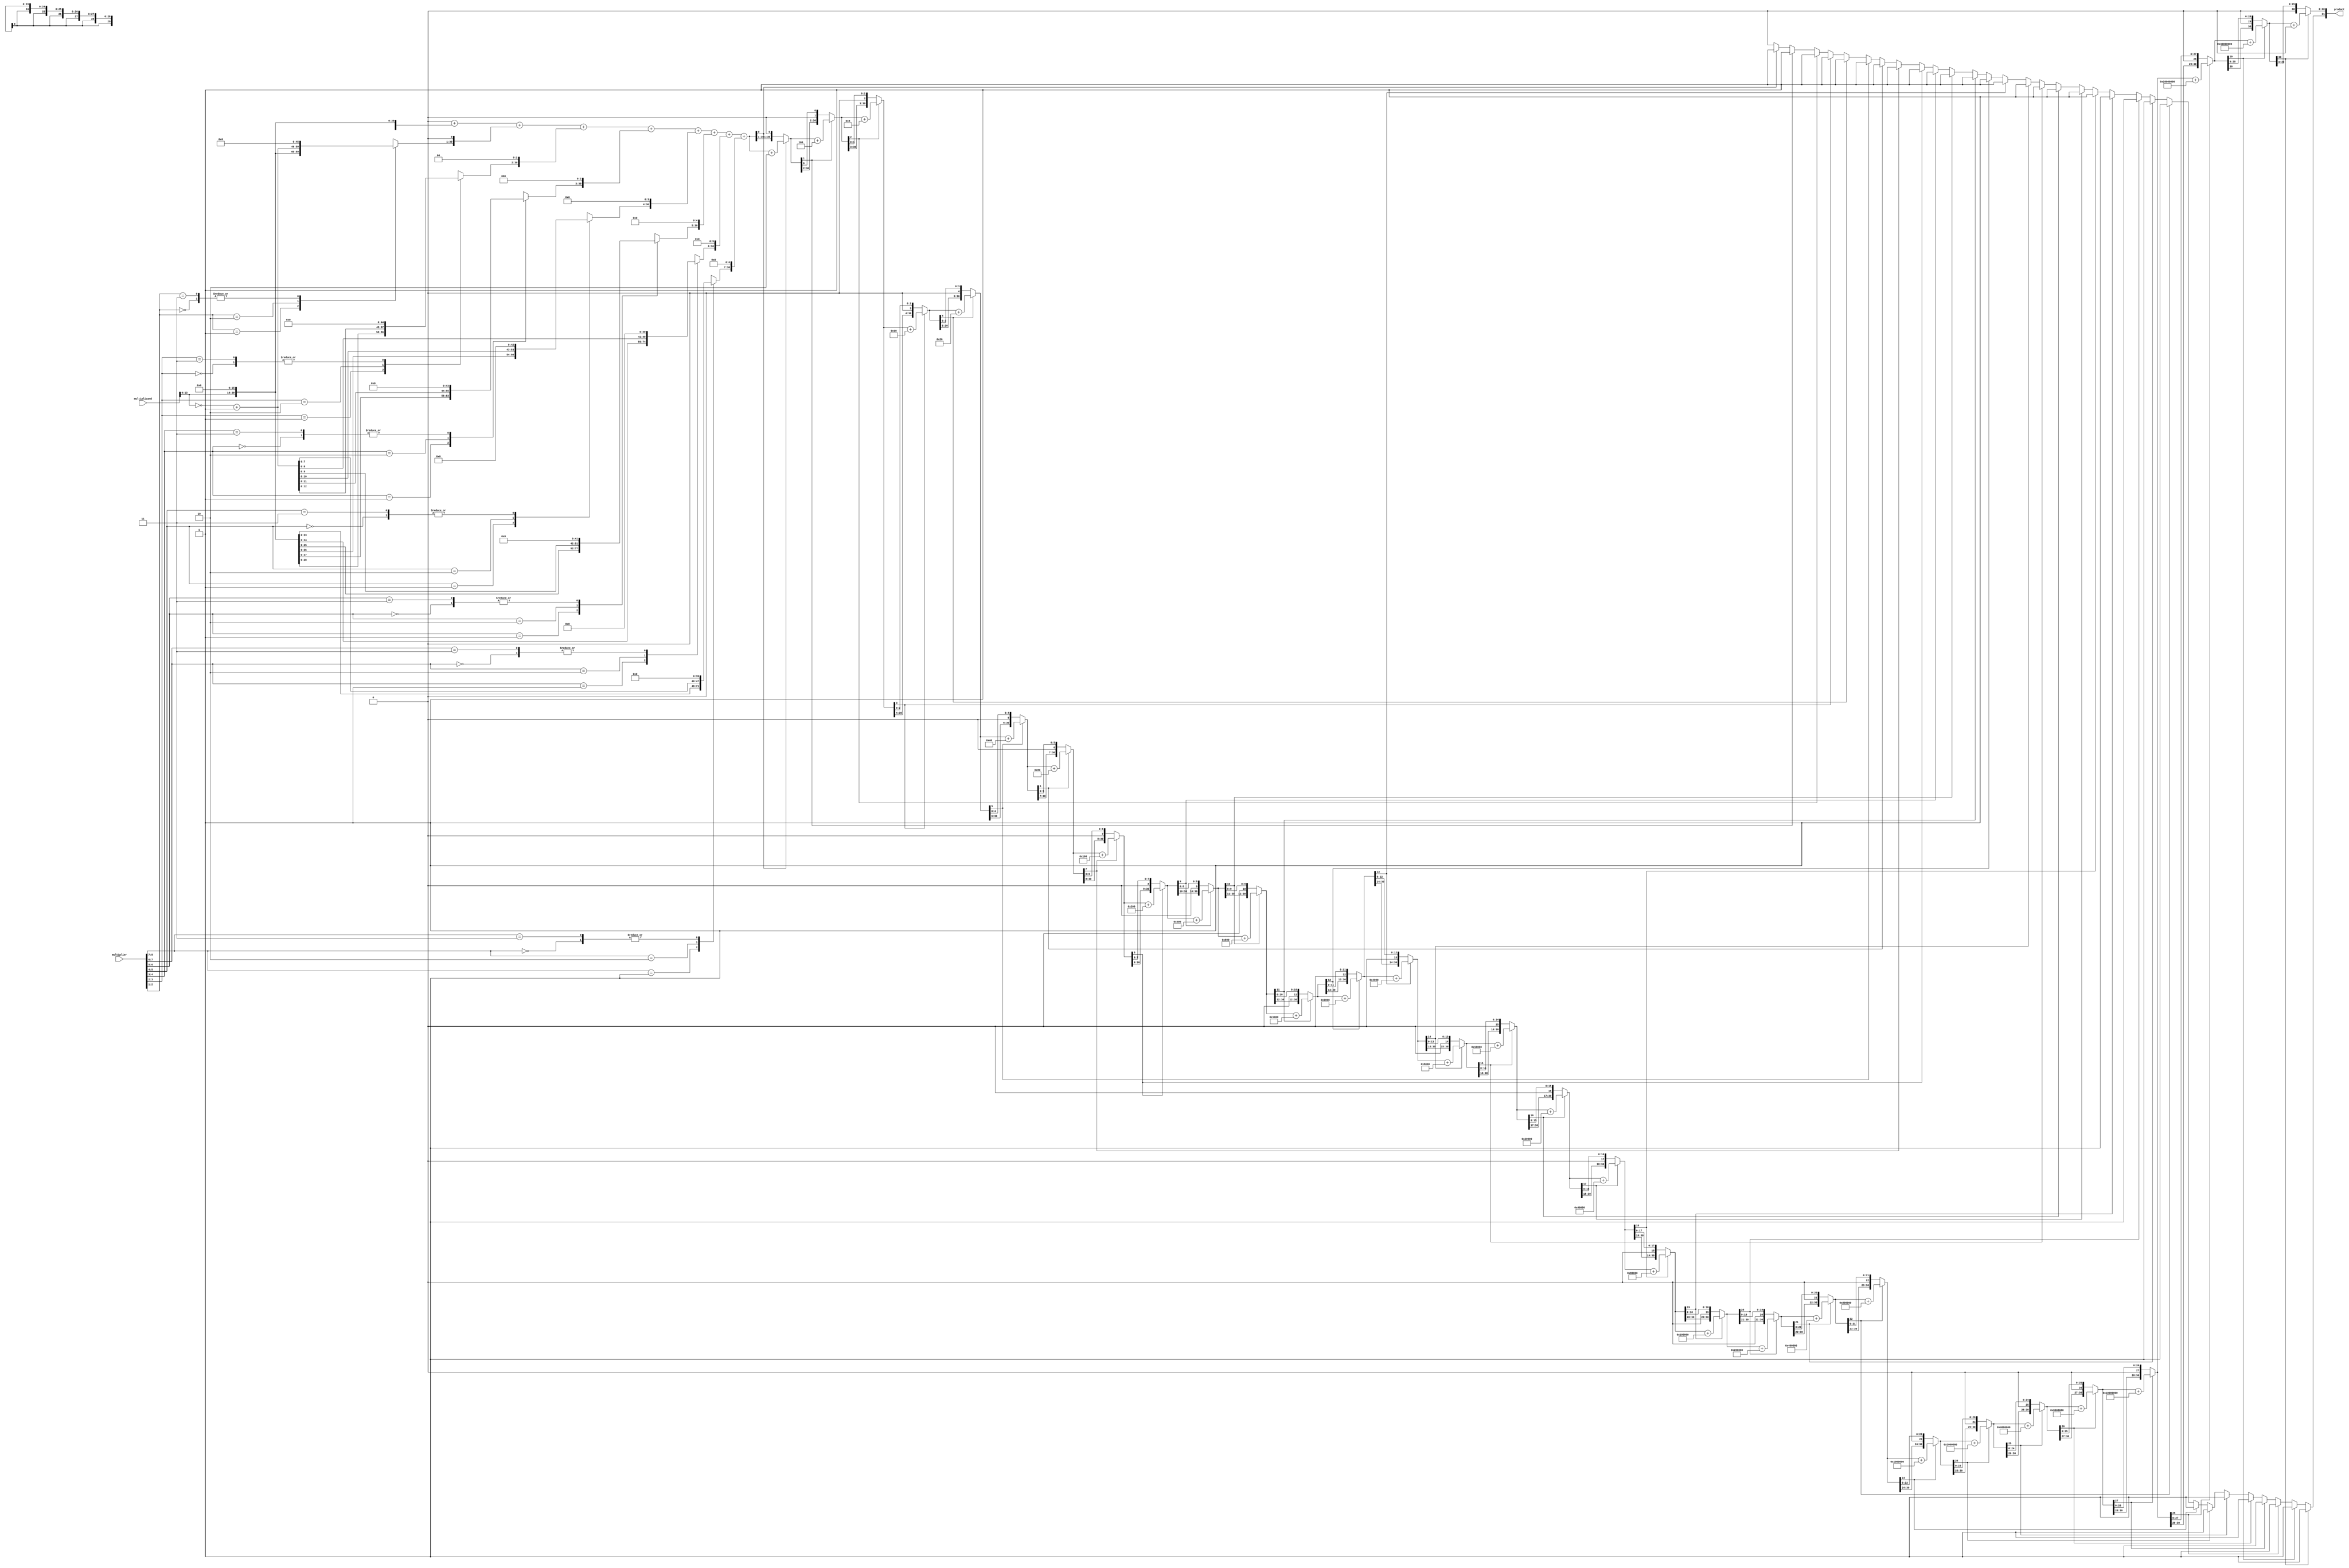
module modified_booth_multiplier(
    input wire [15:0] multiplicand,
    input wire [15:0] multiplier,
    output reg [31:0] product
);

reg [31:0] partial_product [7:0];
reg [31:0] partial_sum;
reg [2:0] count;
reg [1:0] booth_encoder;
reg carry;

always @(*) begin
    carry = 0;
    partial_sum = 0;

    for (count = 0; count < 8; count = count + 1) begin
        if (count == 0) begin
            booth_encoder = 2'b01;
        end else begin
            booth_encoder = {multiplier[count+1], multiplier[count]};
        end
        
        case(booth_encoder)
            2'b00: partial_product[count] = 32'b0;
            2'b01: partial_product[count] = {multiplicand, 16'b0};
            2'b10: partial_product[count] = {~multiplicand + 1, 16'b0};
            2'b11: partial_product[count] = 32'b0;
        endcase
    end

    for (count = 0; count < 8; count = count + 1) begin
        partial_sum = partial_sum + (partial_product[count] << count);
    end

    for (count = 0; count < 31; count = count + 1) begin
        if(partial_sum[count] == 1) begin
            partial_sum = partial_sum + (2 << count);
            carry = 1;
        end
    end

    product = {carry, partial_sum[30:0]};
end

endmodule